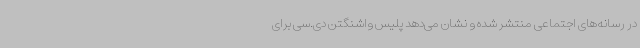
در رسانه‌های اجتماعی منتشر شده و نشان می‌دهد پلیس واشنگتن دی.سی برای